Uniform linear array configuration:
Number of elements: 16
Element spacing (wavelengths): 0.25
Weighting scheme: blackman
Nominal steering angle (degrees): -15
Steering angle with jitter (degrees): -14.621
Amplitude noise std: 0.05
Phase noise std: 0.05

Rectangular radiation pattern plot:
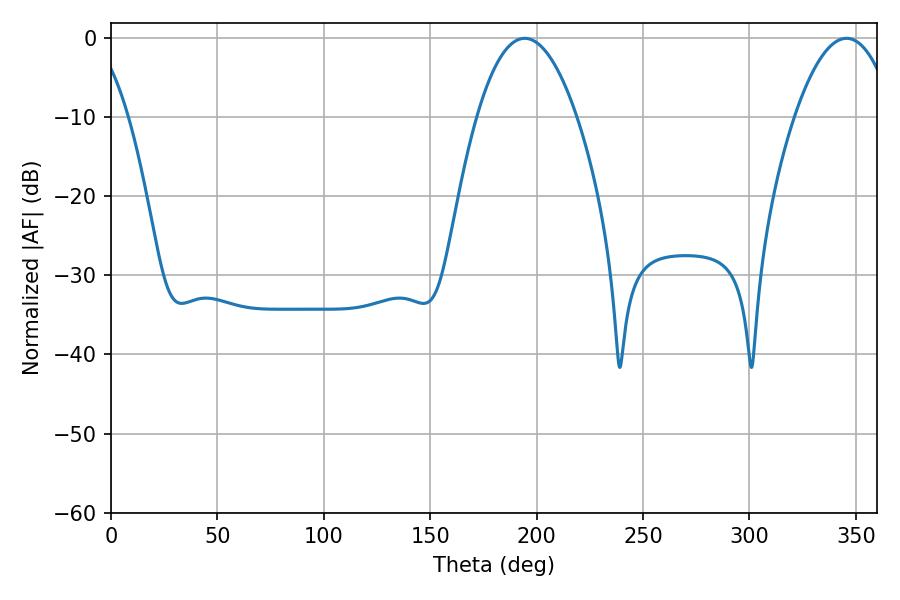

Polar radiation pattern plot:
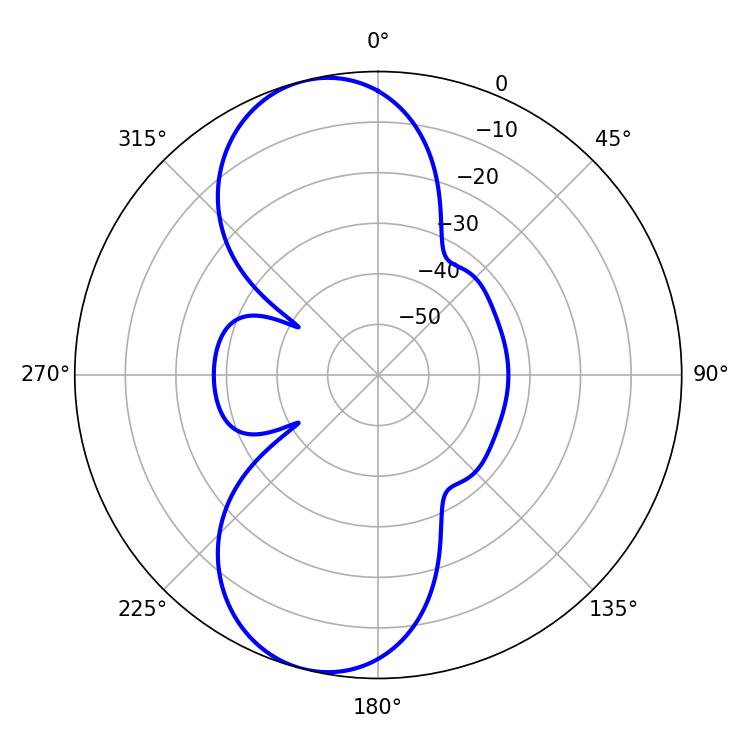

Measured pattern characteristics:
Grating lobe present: FALSE
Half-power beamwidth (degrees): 25.92
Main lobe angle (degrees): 345.6